Lunatic asylums in Bengal annual reports 1888-1898 - 1888-1898
Year: 1888
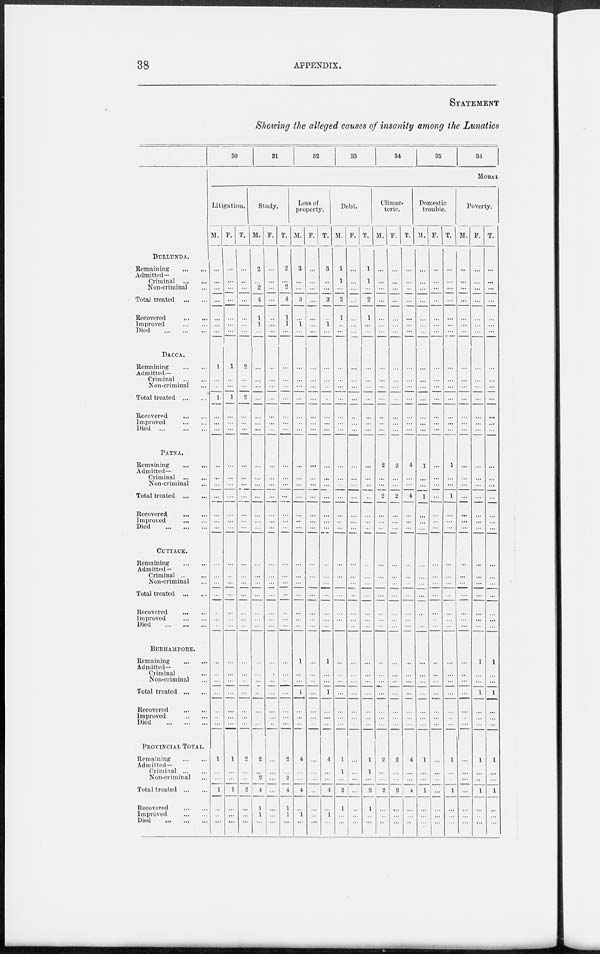
38
APPENDIX.
STATEMENT
Showing the alleged causes of insanity among the Lunatics
DULLUNDA.
Remaining
...
...
Admitted—
Criminal
...
...
Non-criminal ...
Total treated
...
...
Recovered
...
...
Improved
...
...
Died
...
...
...
DACCA.
Remaining
...
...
Admitted-
Criminal
...
...
Non-criminal ...
Total treated
...
...
Recovered ... ...
Improved
...
...
Died
...
...
...
PATNA.
Remaining
...
...
Admitted-
Criminal
...
...
Non-criminal ... ...
Total treated
...
...
Recovered ... ...
Improved
...
...
Died
...
...
...
CUTTACK.
Remaining
...
...
Admitted—
Criminal
...
...
Non-criminal ...
Total treated ... ...
Recovered
...
...
Improved
...
...
Died
...
...
...
BERHAMPORE.
Remaining ... ... ...
Admitted-
Criminal ... ...
Non-criminal ...
Total treated
...
...
Recovered
...
...
Improved
...
...
Died
...
...
...
PROVINCIAL TOTAL.
Remaining
...
...
Admitted-
Criminal
...
...
Non-criminal ...
Total treated
...
...
Recovered
...
...
Improved
...
...
Died
...
...
...
30
31
32
33
34
35
38
MORAL
Litigation.
M.
...
...
...
...
...
...
...
1
...
...
1
...
...
...
...
...
...
...
...
...
...
...
...
...
...
...
...
...
...
...
...
..
...
1
...
...
1
...
...
...
F.
...
...
...
...
...
...
...
1
...
...
1
...
...
...
...
...
...
...
...
...
...
...
...
...
...
...
...
...
...
...
...
...
...
1
...
...
1
...
...
...
T.
...
...
...
...
...
...
...
2
...
...
2
...
...
...
...
...
...
...
...
...
...
...
...
...
...
...
...
...
...
...
...
...
...
2
...
...
2
...
...
...
Study.
M.
2
...
2
4
1
1
...
...
...
...
...
...
...
...
...
...
...
...
...
...
...
...
...
...
...
...
...
...
...
...
...
...
...
2
...
2
4
1
1
...
F.
...
...
...
...
...
...
...
...
...
...
...
...
...
...
...
...
...
...
...
...
...
...
...
...
...
...
...
...
...
...
...
...
...
...
...
...
...
...
...
...
T.
2
...
2
4
1
1
...
...
...
...
...
...
...
...
...
...
...
...
...
...
...
...
...
...
...
...
...
...
...
...
...
...
...
2
...
2
4
1
1
...
Loss of
property.
M.
3
...
...
3
...
1
...
...
...
...
...
...
..
...
...
...
...
...
...
...
...
...
...
...
...
...
1
...
...
1
...
...
...
4
...
...
4
...
1
...
F.
...
...
...
...
...
...
...
...
...
...
...
...
...
...
...
...
...
...
...
...
...
...
...
...
...
...
...
...
...
...
...
...
...
...
...
...
...
...
...
...
T.
3
...
...
3
...
1
...
...
...
...
...
...
...
...
...
...
...
...
...
...
...
...
...
...
...
1
...
...
1
...
...
...
4
...
...
4
...
1
...
Debt.
M.
1
1
...
2
1
..
...
...
...
...
...
...
...
...
...
...
...
...
..
...
...
...
...
...
...
...
...
...
...
...
...
...
...
1
1
...
2
1
...
...
F.
...
...
...
...
...
...
...
...
...
...
...
...
...
...
...
...
...
...
...
...
...
...
...
...
...
...
...
...
...
...
...
...
...
...
...
...
...
...
...
...
T.
1
1
...
2
1
...
...
...
...
...
...
...
...
...
...
...
...
...
...
...
...
...
...
...
...
...
...
...
...
...
...
...
...
1
1
...
2
1
...
...
Climac-
teric.
M.
...
...
...
...
...
...
...
...
...
...
...
...
...
...
2
...
...
2
...
...
...
...
...
...
...
...
...
...
...
...
...
...
...
2
...
...
2
...
...
...
F.
...
...
...
...
...
...
...
...
...
...
...
...
...
...
2
...
...
2
...
...
...
...
...
...
...
...
...
...
...
...
...
...
...
2
...
...
2
...
...
...
T.
...
...
...
...
...
...
...
...
...
...
...
...
...
...
4
...
...
4
...
...
...
...
...
...
...
...
...
...
...
...
...
...
...
4
...
...
4
...
...
...
Domestic
trouble.
M.
...
...
...
...
...
...
...
...
...
...
...
...
...
...
1
...
...
1
...
...
...
...
...
...
...
...
...
...
...
...
...
...
...
1
...
...
1
...
...
...
F.
...
...
...
...
...
...
...
...
...
...
...
...
...
...
...
...
...
...
...
...
...
...
...
. . .
...
...
...
...
...
...
...
...
...
...
...
...
...
...
...
...
T.
...
...
...
...
...
...
...
...
...
...
...
...
...
1
...
...
1
...
...
...
...
...
...
...
...
...
...
...
...
...
...
...
1
...
...
1
...
...
...
Poverty.
M.
...
...
...
...
...
...
...
...
...
...
...
...
...
...
...
...
...
...
...
...
...
...
...
...
...
...
...
...
...
...
...
.,
...
...
...
...
...
...
...
...
F.
...
...
...
...
...
...
...
...
...
...
...
...
...
...
...
...
...
...
...
...
...
...
...
...
...
...
1
...
...
1
...
...
...
1
...
..
1
...
...
...
T.
...
...
...
...
...
...
...
...
...
...
...
...
...
...
...
...
...
...
...
...
...
...
...
...
...
...
1
...
...
1
...
...
...
1
...
...
1
...
...
...